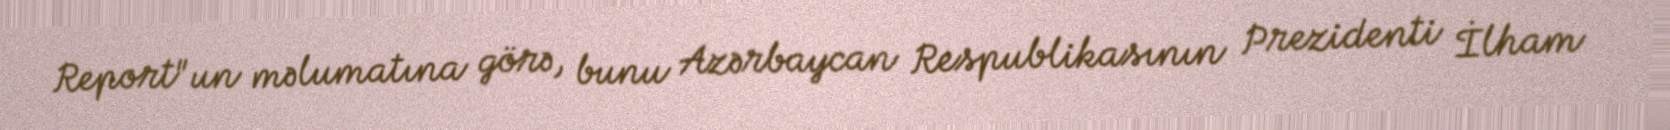
Report"un məlumatına görə, bunu Azərbaycan Respublikasının Prezidenti İlham